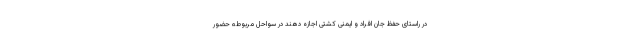
در راستای حفظ جان افراد و ایمنی کشتی اجازه دهند در سواحل مربوطه حضور